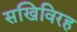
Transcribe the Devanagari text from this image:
सखिविरह